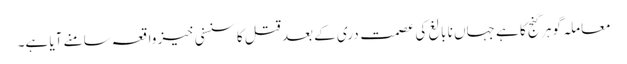
معاملہ گوہر گنج کا ہے جہاں نا بالغ کی عصمت دری کے بعد قتل کا سنسنی خیز واقعہ سامنے آیا ہے۔